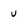
Character: u